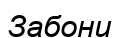
Забони